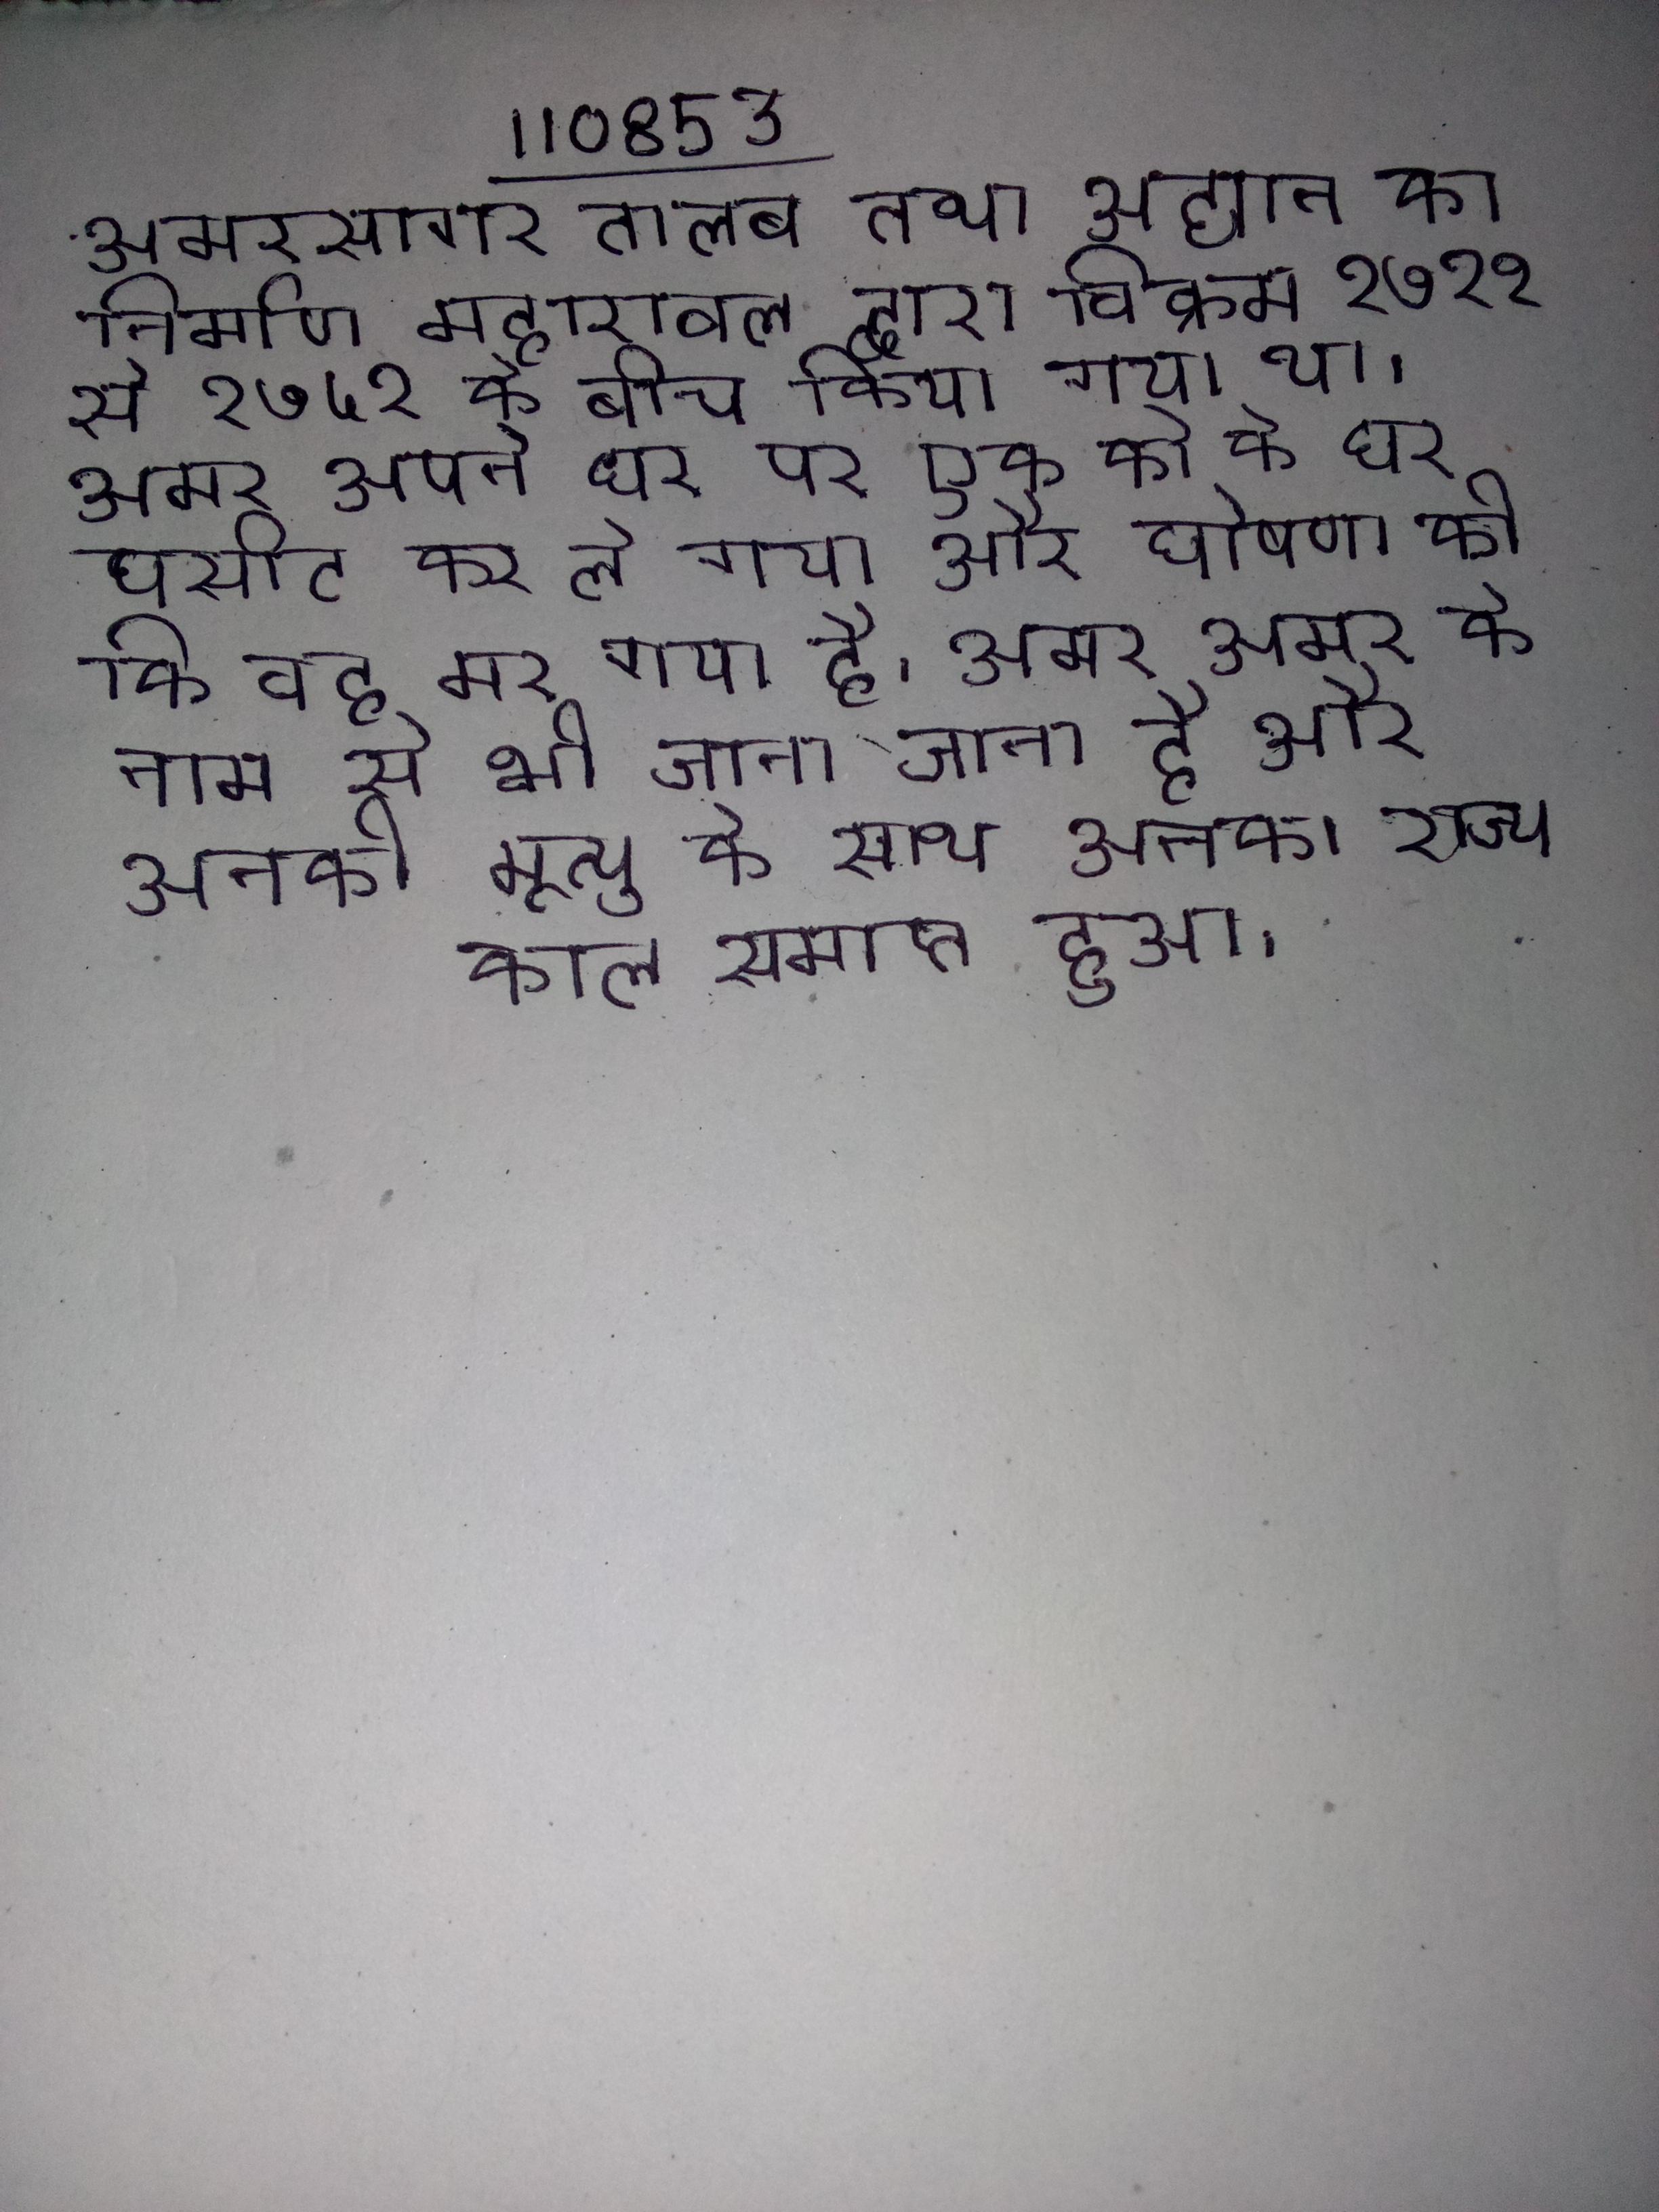
अमरसागर तालाब तथा उद्यान का निर्माण महारावल द्वारा विक्रम १७२१ से १७५१ के बीच किया गया था । अमर अपने घर पर एक को के घर घसीट कर ले गया और घोषणा की कि वह मर गया है । अमर अमर के नाम से भी जाना जाता है और उनकी मृत्यु के साथ उनका राज्य काल समाप्त हुआ ।